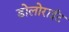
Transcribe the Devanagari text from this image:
डोलोराईट